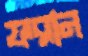
ফরান